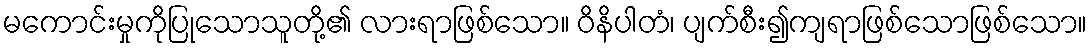
မကောင်းမှုကိုပြုသောသူတို့၏ လားရာဖြစ်သော။ ဝိနိပါတံ၊ ပျက်စီး၍ကျရာဖြစ်သောဖြစ်သော။